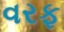
વરફ